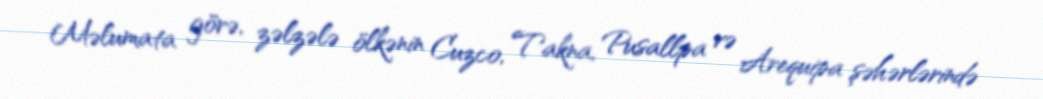
Məlumata görə, zəlzələ ölkənin Cuzco, Takna, Pusallpa və Arequipa şəhərlərində